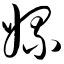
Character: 嫘